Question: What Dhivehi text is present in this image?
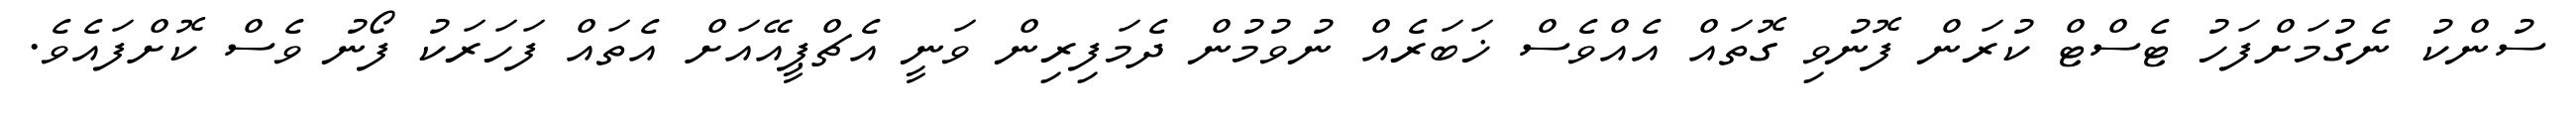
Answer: ސުންކު ނެގުމަށްފަހު ޓެސްޓް ކުރަން ފޮނުވި ގޮތައް އެއްވެސް ޚަބަރެއް ނުވުމުން ދެމަފިރިން ވަނީ އެޗްޕީއޭއަށް އެތައް ފަހަރަކު ފޯނު ވެސް ކޮށްފައެވެ.